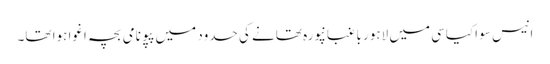
انیس سو اکیاسی میں لاہور باغبانپورہ تھانے کی حدود میں پپو نامی بچہ اغوا ہوا تھا۔